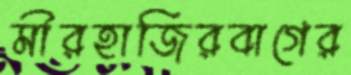
মীরহাজিরবাগের